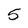
Character: 5